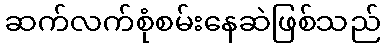
ဆက်လက်စုံစမ်းနေဆဲဖြစ်သည်